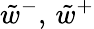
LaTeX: \tilde{w}^{-},\, \tilde{w}^{+}